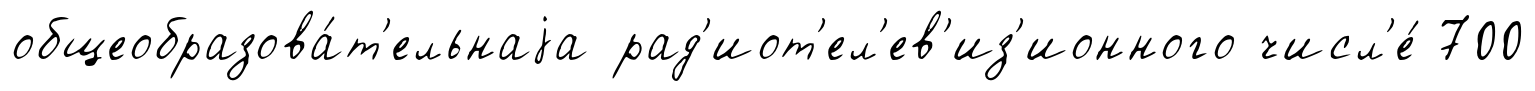
общеобразова́т'ельнаjа рад'иот'ел'ев'из'ионного числ'е́ 700